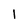
Character: l